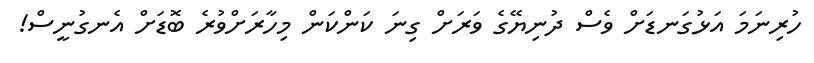
ހުރިނަމަ އަޅުގަނޑަށް ވެސް ދުނިޔޭގެ ވަރަށް ގިނަ ކަންކަން މިހާރަށްވުރެ ބޮޑަށް އެނގުނީސް!